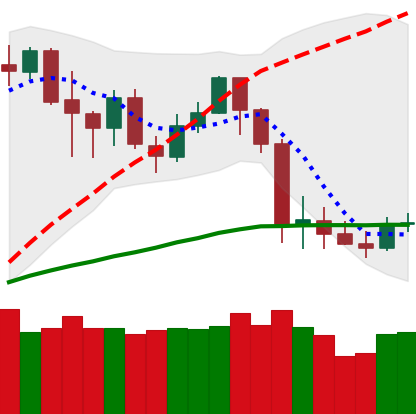
Ticker: LTC-USD
Chart end date: 2020-03-03
Forward return: -15.399%
Label: down_7plus